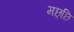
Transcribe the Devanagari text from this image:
मछ्छि